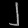
Digit: ၂